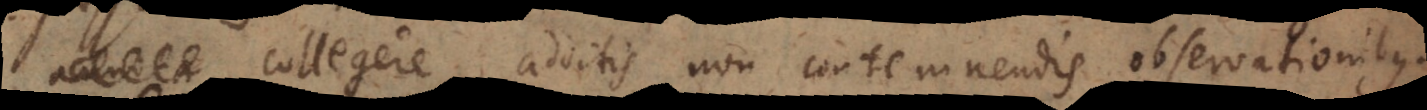
collegere, additis non contemnendis observationibus.